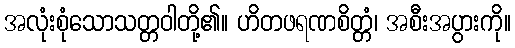
အလုံးစုံသောသတ္တဝါတို့၏။ ဟိတဖရဏစိတ္တံ၊ အစီးအပွားကို။